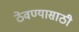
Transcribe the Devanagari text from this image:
ठेवण्‍यासाठी